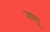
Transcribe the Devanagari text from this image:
जामू